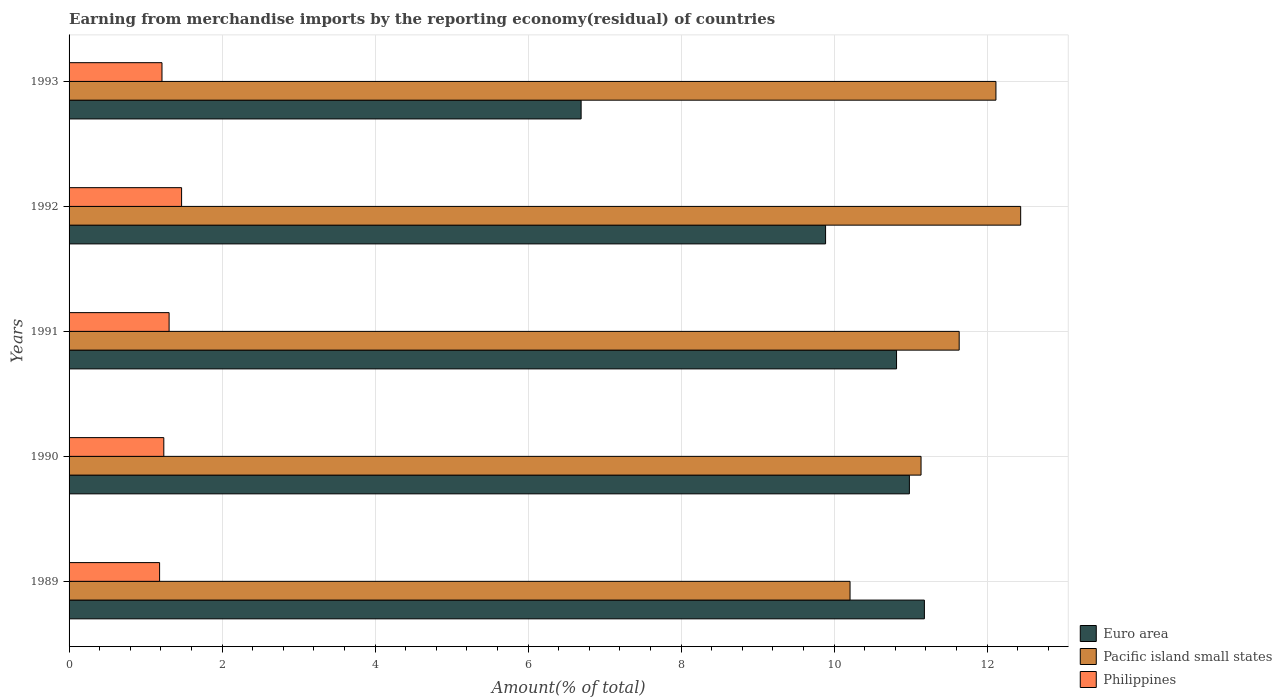
| Years | Euro area | Pacific island small states | Philippines |
 | --- | --- | --- | --- |
 | 1989 | 11.2 | 10.2 | 1.18 |
 | 1990 | 11 | 11.1 | 1.24 |
 | 1991 | 10.8 | 11.6 | 1.31 |
 | 1992 | 9.89 | 12.4 | 1.47 |
 | 1993 | 6.69 | 12.1 | 1.21 |